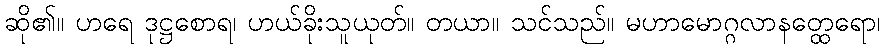
ဆို၏။ ဟရေ ဒုဋ္ဌစောရ၊ ဟယ်ခိုးသူယုတ်။ တယာ။ သင်သည်။ မဟာမောဂ္ဂလာနတ္ထေရော၊